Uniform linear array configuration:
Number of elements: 8
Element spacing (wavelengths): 0.75
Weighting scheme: uniform
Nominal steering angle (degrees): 30
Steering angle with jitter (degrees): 30.202
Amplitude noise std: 0.05
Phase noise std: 0.05

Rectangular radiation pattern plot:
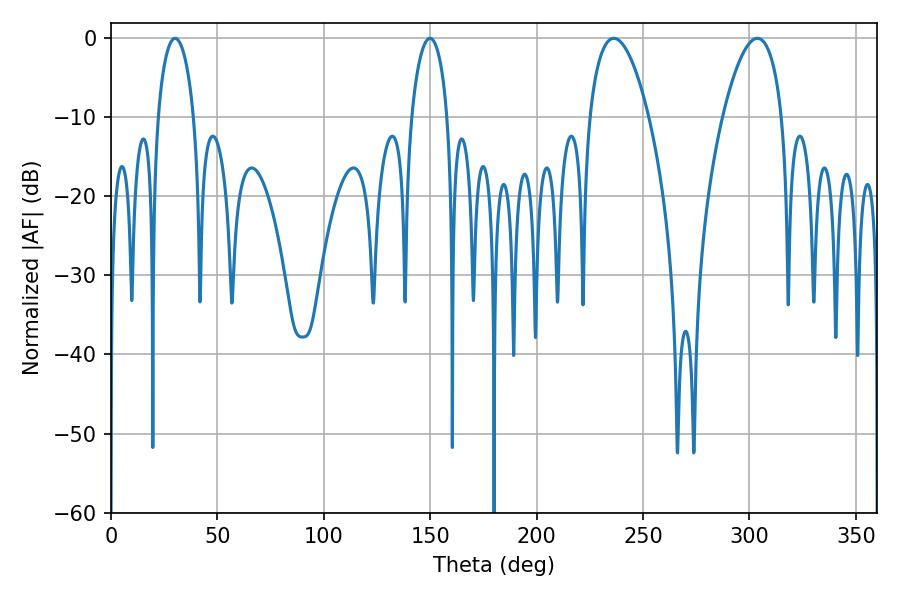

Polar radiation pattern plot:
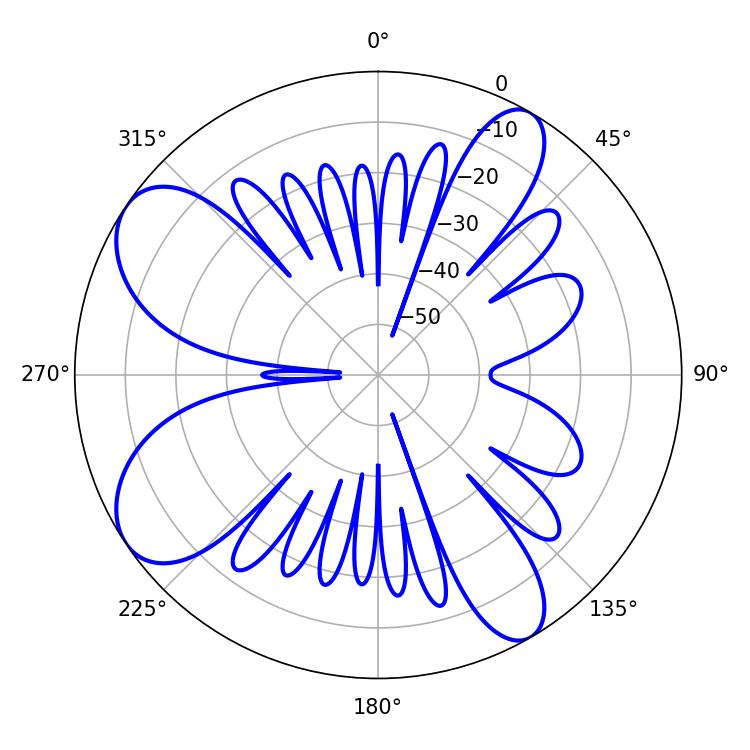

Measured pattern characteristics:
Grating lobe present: TRUE
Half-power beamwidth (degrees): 15.48
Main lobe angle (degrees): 236.34